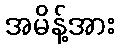
အမိန့်အား